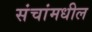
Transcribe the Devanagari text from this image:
संचांमधील